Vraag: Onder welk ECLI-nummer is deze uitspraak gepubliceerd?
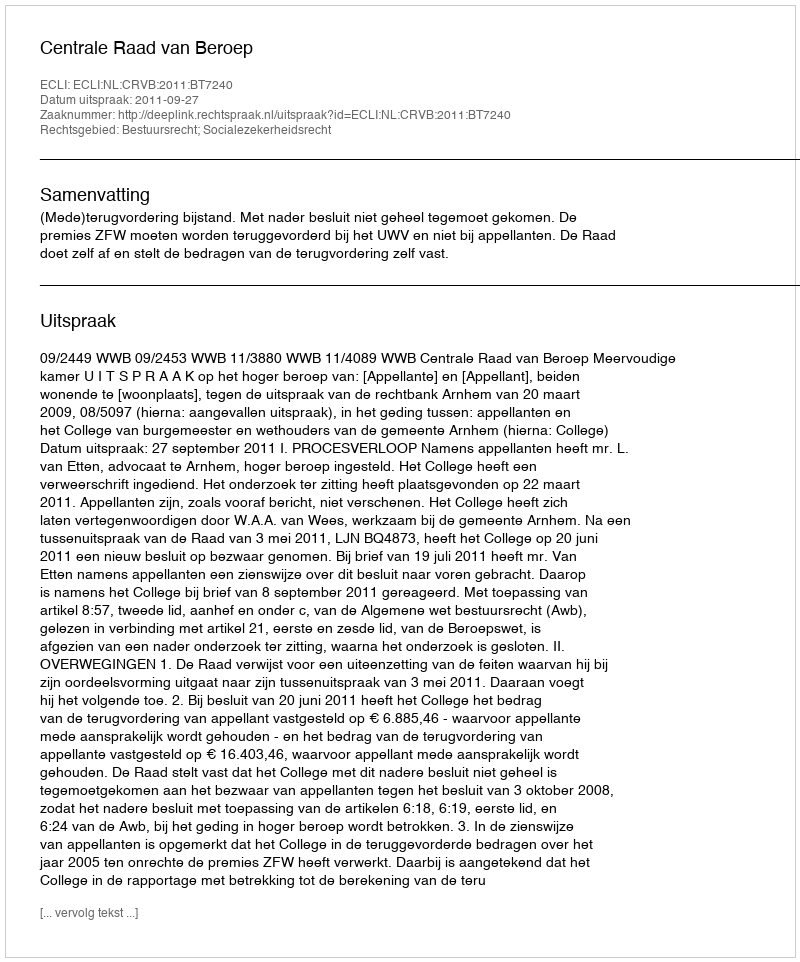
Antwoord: ECLI:NL:CRVB:2011:BT7240